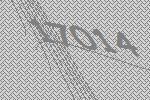
17014